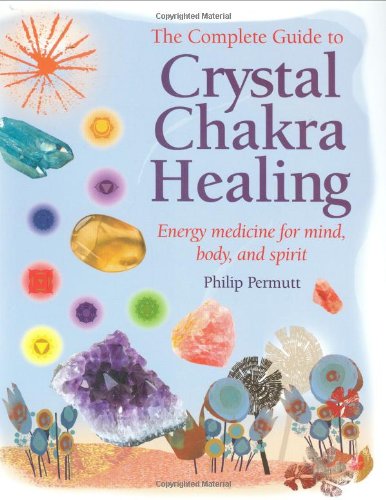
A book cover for The Complete Guide to Crystal Chakra Healing: Energy Medicine for Mind, Body, and Spirit; Philip Permutt; Religion & Spirituality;